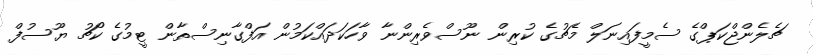
ޗެލެންޖްކަޕްގެ ސެމީފައިނަލް މެޗުގެ ކުރިން ނޫސްވެރިންނާ ވާހަކަދައްކަމުން އަފްގާނިސްތާން ޓީމުގެ ކޯޗު ޔޫސުފް